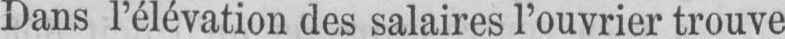
Dans l’élévation des salaires l’ouvrier trouve